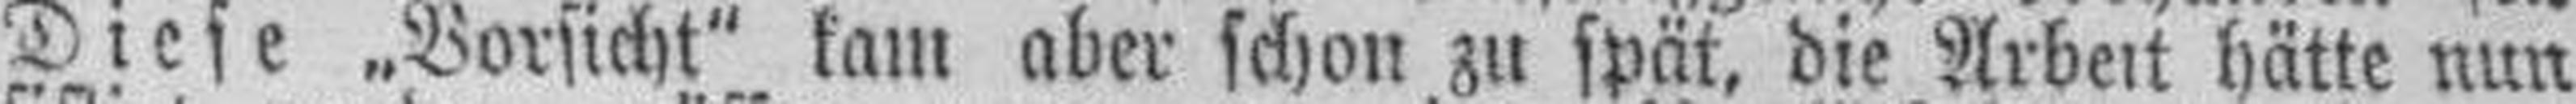
Diese „Vorsicht" kam aber schon zu spät, die Arbeit hätte nun